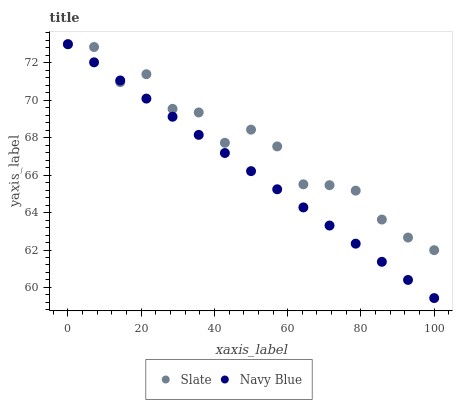
| xaxis_label | Slate | Navy Blue |
 | --- | --- | --- |
 | 0 | 73 | 73 |
 | 7.14 | 72.8 | 72 |
 | 14.3 | 71 | 71.1 |
 | 21.4 | 71.4 | 70.1 |
 | 28.6 | 69.5 | 69.1 |
 | 35.7 | 69.4 | 68.2 |
 | 42.9 | 67.7 | 67.2 |
 | 50 | 68.4 | 66.2 |
 | 57.1 | 67.5 | 65.2 |
 | 64.3 | 65.5 | 64.3 |
 | 71.4 | 65.5 | 63.3 |
 | 78.6 | 65.2 | 62.3 |
 | 85.7 | 63.6 | 61.4 |
 | 92.9 | 62.7 | 60.4 |
 | 100 | 62 | 59.4 |